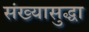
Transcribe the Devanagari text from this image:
संख्यासुद्धा